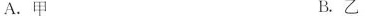
A.甲 B.乙